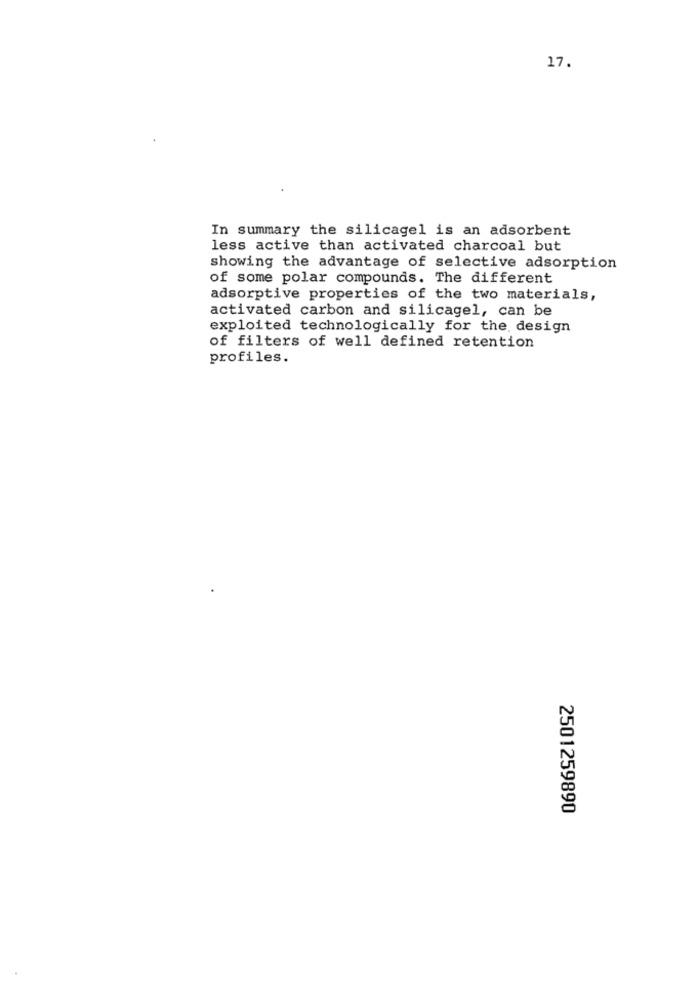
17.
In summary the silicagel is an adsorbent
less active than activated charcoal but
showing the advantage of selective adsorption
of some polar compounds. The different
adsorptive properties of the two materials,
activated carbon and silicagel, can be
exploited technologically for the, design
of filters of well defined retention
profiles.
2501259890